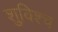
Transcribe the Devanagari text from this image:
शुविश्च